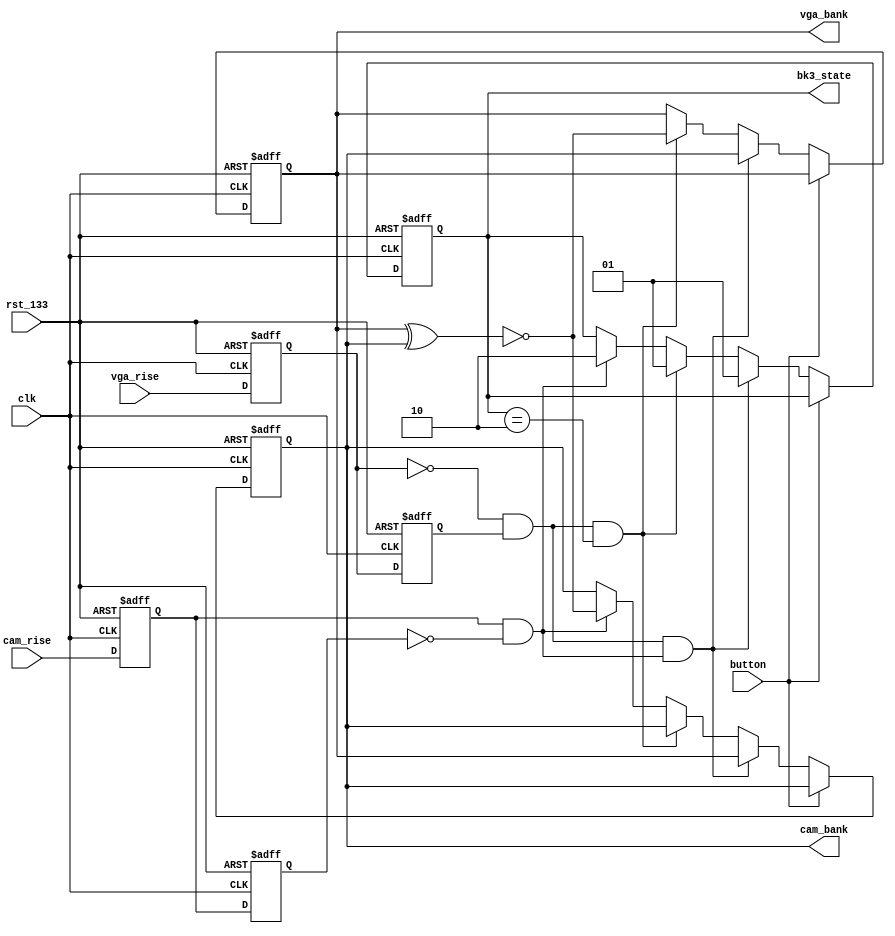
module bank_switch(
	input 			clk			,			
	input 			rst_133		,
	input 			vga_rise    ,
	input 			cam_rise    ,
	input			button		,
	output reg[1:0] vga_bank    ,
	output reg[1:0] cam_bank    ,
	output reg[1:0] bk3_state  		// 01 for empty ; 10 for full
	);       
	
	reg	vga_rise_1d,vga_rise_2d;
	reg	cam_rise_1d,cam_rise_2d;
	wire	vga_posedge, cam_posedge;
	always @ (posedge clk or negedge rst_133) begin
		if(!rst_133) begin
			vga_rise_1d <= 0;
			vga_rise_2d <= 0;
			cam_rise_1d <= 0;
			cam_rise_2d <= 0;
		end
		else begin
			vga_rise_1d <= vga_rise;
			vga_rise_2d <= vga_rise_1d;
			cam_rise_1d <= cam_rise;
			cam_rise_2d <= cam_rise_1d;
		end
	end
	assign vga_posedge = ~vga_rise_1d & vga_rise_2d;
	assign cam_posedge = cam_rise_1d & ~cam_rise_2d;
	always @ (posedge clk or negedge rst_133) begin
		if(!rst_133) begin
			vga_bank  <= 	2'b00;
			cam_bank  <= 	2'b01;
			bk3_state <= 	2'b01;			
		end
		else begin
			if(!button)begin			// sim change
				if(vga_posedge && cam_posedge) begin
					vga_bank <= cam_bank;
					cam_bank <=	vga_bank;
					bk3_state <=  2'b01;
				end
				else if(vga_posedge && bk3_state == 2'b10) begin
					vga_bank <=  ~(vga_bank^cam_bank); 	//switch vga_bank to the 3rd bank, if it's full
					bk3_state <= 2'b01;
				end
				else if(cam_posedge) begin
					cam_bank <=  ~(vga_bank^cam_bank); 	//switch vga_bank to the 3rd bank, if it's full
					bk3_state <= 2'b10;
				end
			end
		end
	end
endmodule